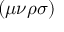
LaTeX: \left( \mu \nu \rho \sigma \right)